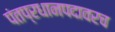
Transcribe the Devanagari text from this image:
पंतप्रधानपदावरच